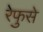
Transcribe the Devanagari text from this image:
रेफुसे